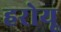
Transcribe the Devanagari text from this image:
हरोयू